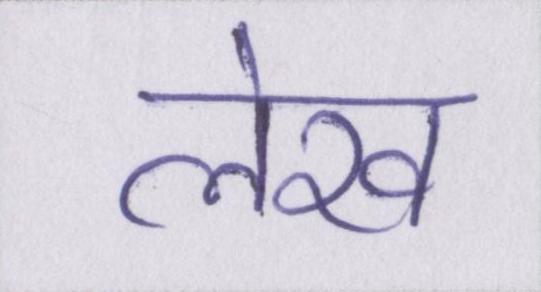
लेख